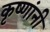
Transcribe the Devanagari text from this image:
कृष्णांनी